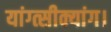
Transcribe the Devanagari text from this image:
यांग्त्सीक्यांग।